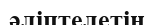
әліптелетін